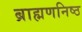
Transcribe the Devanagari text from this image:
ब्राह्मणनिष्ठ